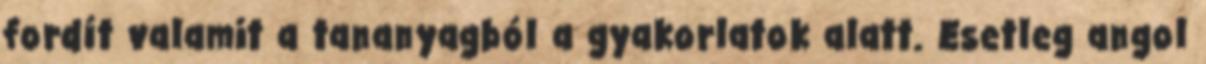
fordít valamit a tananyagból a gyakorlatok alatt. Esetleg angol